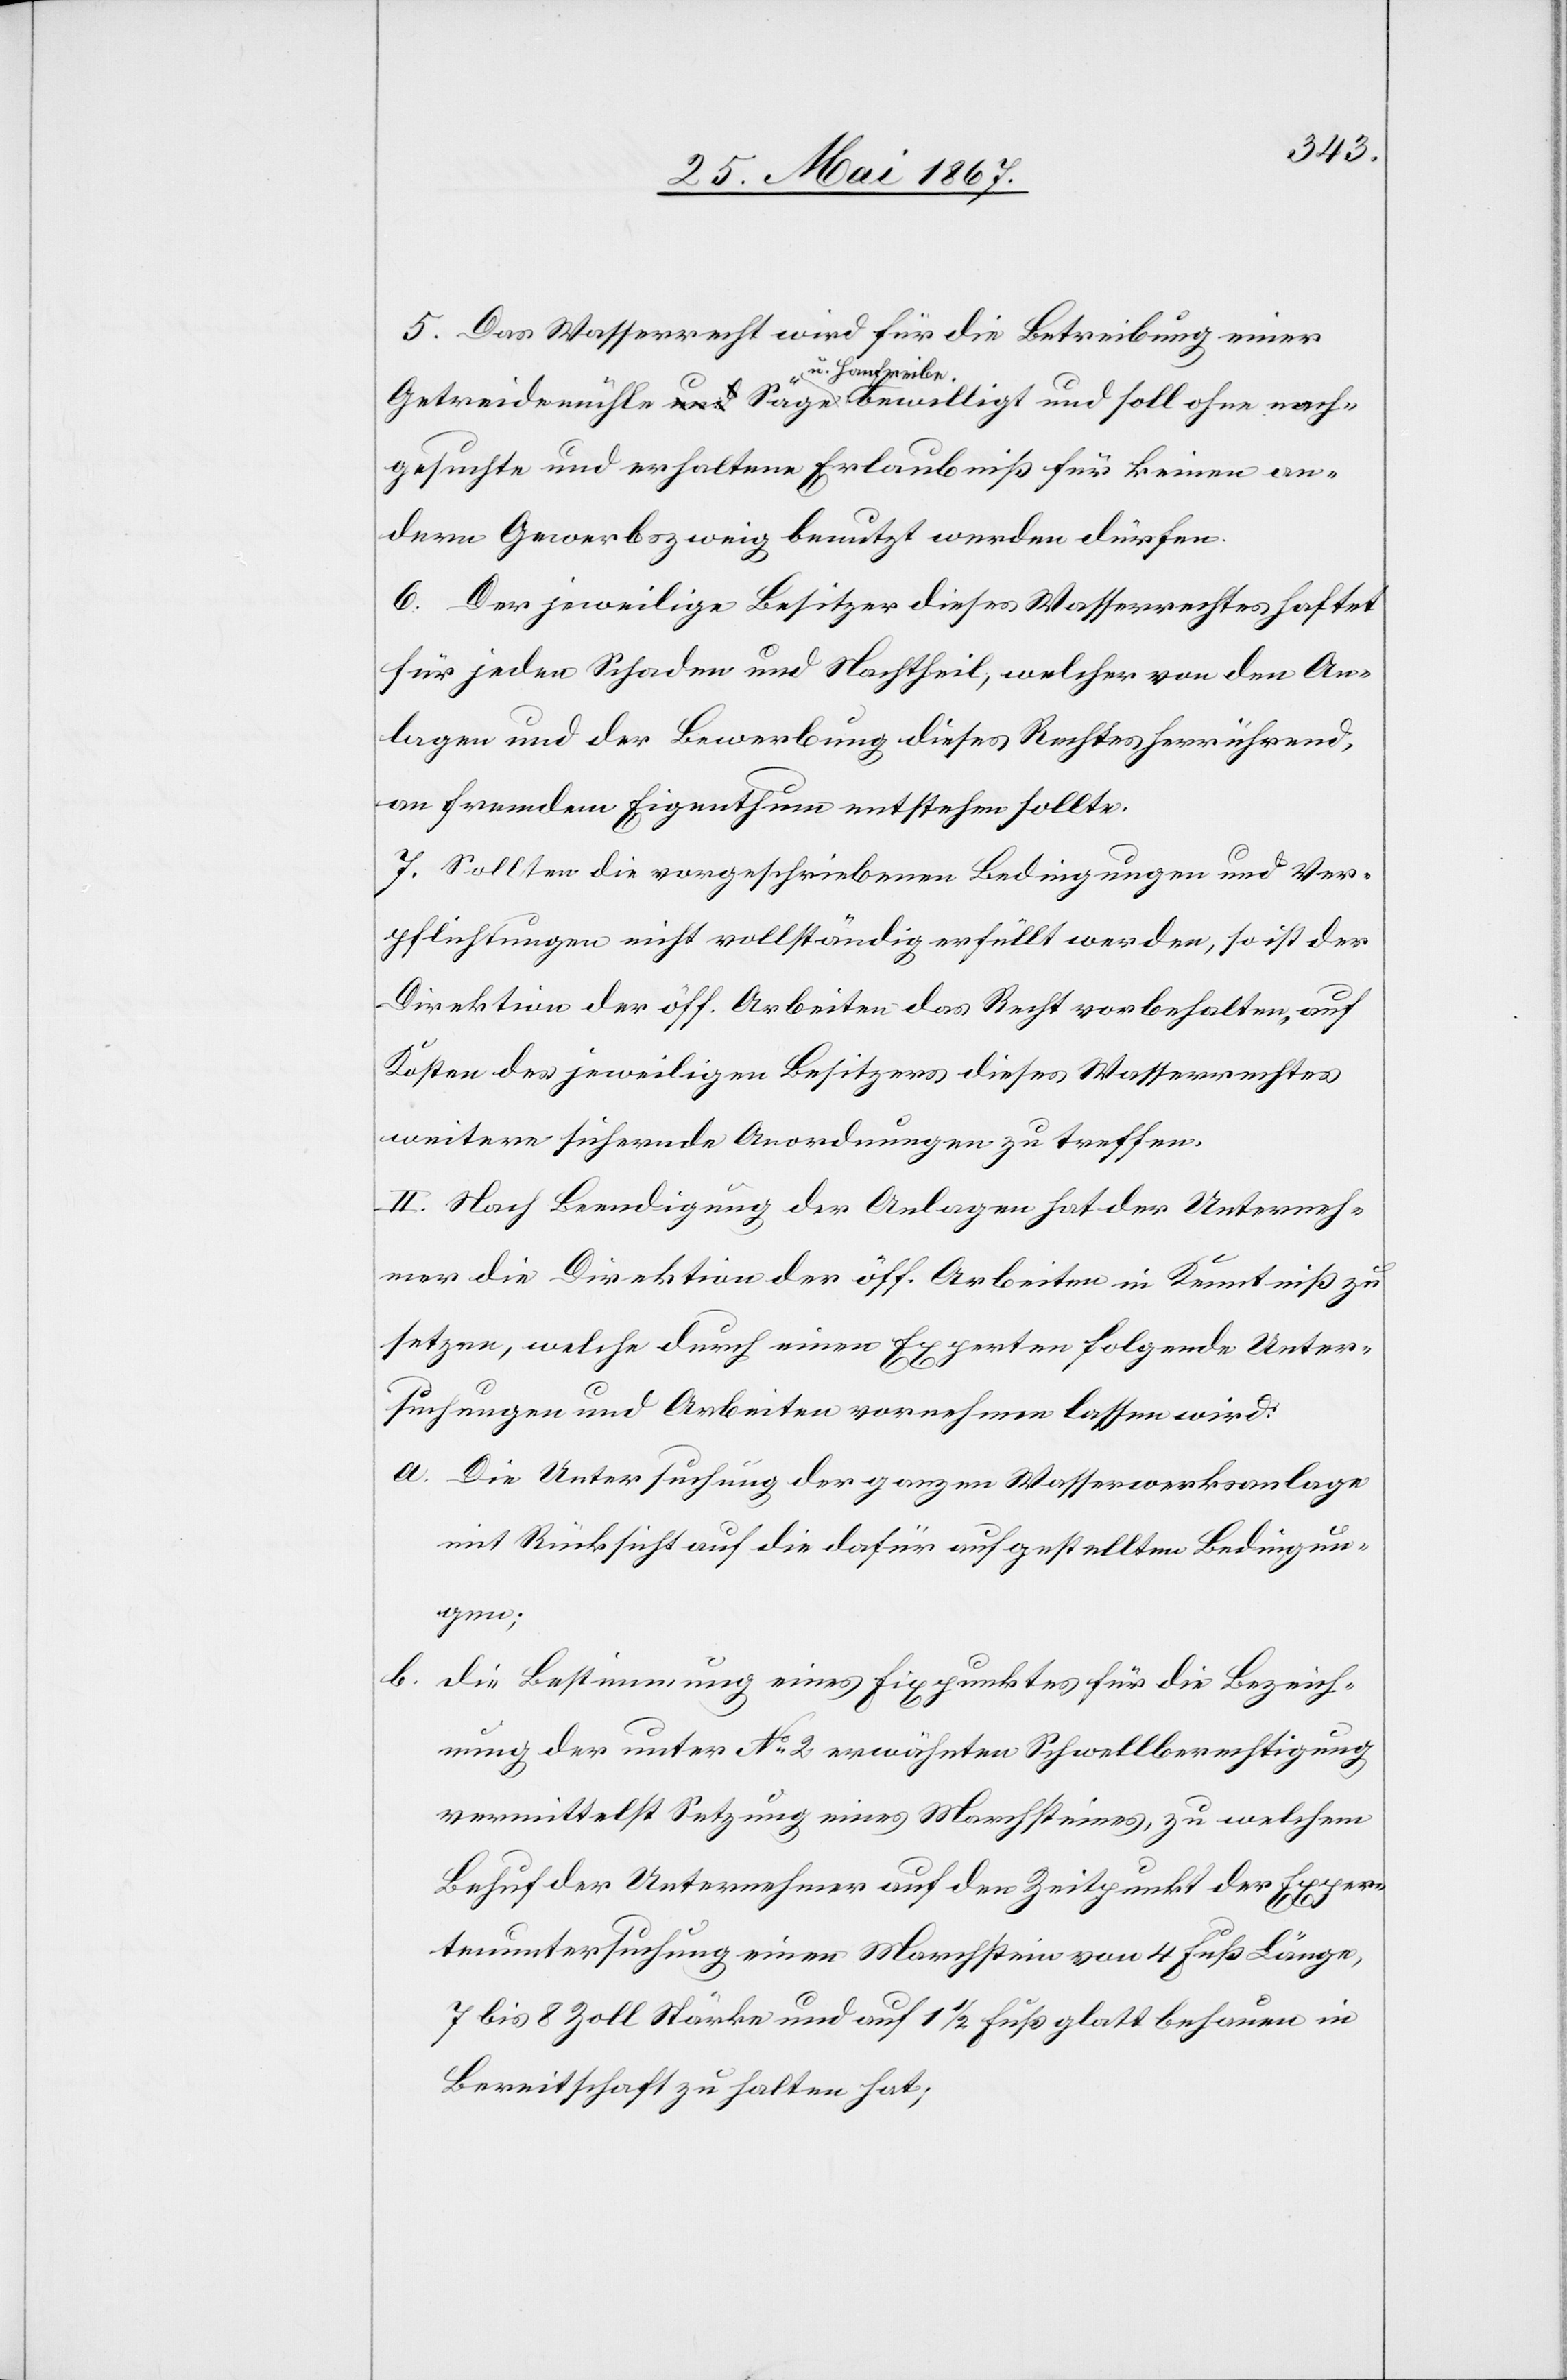
nach¬

5. Das Wasserrecht wird für die Betreibung einer
u. Hanfreibe
gesuchte und erhaltene Erlaubniß für keinen an¬
deren Gewerbszweig benutzt werden dürfen.
6. Der jeweilige Besitzer dieses Wasserrechtes haftet
für jeden Schaden und Nachtheil, welcher von den An¬
lagen und der Bewerbung dieses Rechtes herrührend,
an fremdem Eigenthum entstehen sollte.
7. Sollten die vorgeschriebenen Bedingungen und Ver¬
pflichtungen nicht vollständig erfüllt werden, so ist der
Direktion der öff. Arbeiten das Recht vorbehalten, auf
Kosten des jeweiligen Besitzers dieses Wasserrechtes
weitere sichernde Anordnungen zu treffen.
II. Nach Beendigung der Anlagen hat der Unterneh¬
mer die Direktion der öff. Arbeiten in Kenntniß zu
setzen, welche durch einen Experten folgende Unter¬
suchungen und Arbeiten vornehmen lassen wird:
a.	Die Untersuchung der ganzen Wasserwerksanlage
mit Rücksicht auf die dafür aufgestellten Bedingun¬
gen;
b.	die Bestimmung eines Fixpunktes für die Bezeich¬
nung der unter No. 2 erwähnten Schwellberechtigung
vermittelst Setzung eines Marchsteines, zu welchem
Behuf der Unternehmer auf den Zeitpunkt der Exper¬
tenuntersuchung einen Marchstein von 4 Fuß Länge
7 bis 8 Zoll Stärke und auf 1 1/2 Fuß glatt behauen in
Bereitschaft zu halten hat,